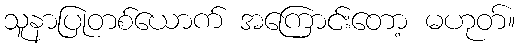
သူနာပြုတစ်ယောက် အကြောင်းတော့ မဟုတ်။